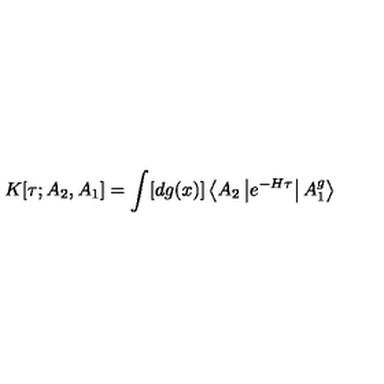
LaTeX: K [ \tau ; A _ { 2 } , A _ { 1 } ] = \int [ d g ( x ) ] \left< A _ { 2 } \left| e ^ { - H \tau } \right| A _ { 1 } ^ { g } \right>